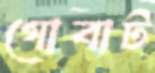
গোবাট